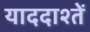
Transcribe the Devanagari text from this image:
याददाश्तें